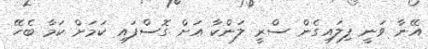
އޭނާ ވަނީ ފިލައިގެން ސްރީ ލަންކާ އަށް ގޮސްފައި ކަމަށް ކަމާ ބެހޭ